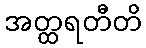
အတ္ထရတီတိ